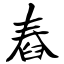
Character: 舂